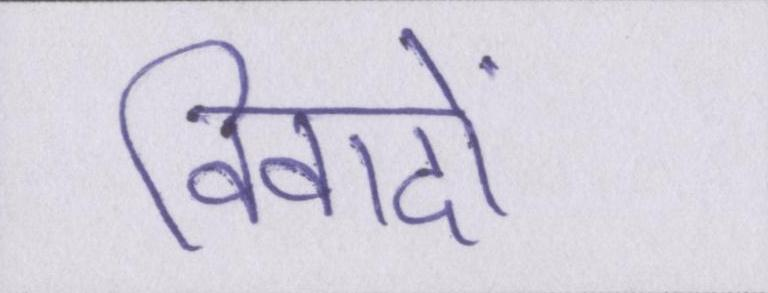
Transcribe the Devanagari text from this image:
विवादों